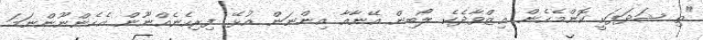
"ތި ޝަދަފަކީ ކޮންމެހެން ޢިޒްވާދެކެ ލޯބިން އޭނާއާ އިންނަން އުޅޭ ފިރިހެނެއްނޫން އެހެންނޫންނަމަ